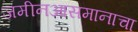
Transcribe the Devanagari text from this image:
जमीनआसमानाचा